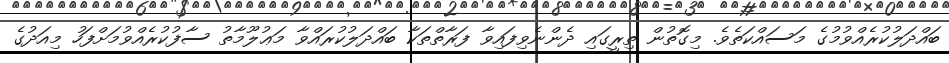
ބައްދަލުކުރެއްވުމުގެ މަސައްކަތެވެ. މިގޮތުން ތިރީގައި ދެންނެވިފައިވާ ފަރާތްތަކާ ބައްދަލުކުރައްވާ މަޢުލޫމާތު ސާފުކުރެއްވުމަށްފަހު މިއަދުގެ